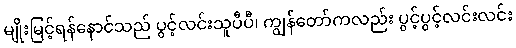
မျိုးမြင့်ရန်နောင်သည် ပွင့်လင်းသူပီပီ၊ ကျွန်တော်ကလည်း ပွင့်ပွင့်လင်းလင်း